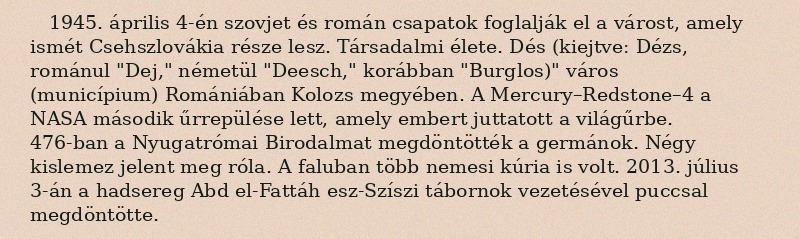
1945. április 4-én szovjet és román csapatok foglalják el a várost, amely ismét Csehszlovákia része lesz. Társadalmi élete. Dés (kiejtve: Dézs, románul "Dej," németül "Deesch," korábban "Burglos)" város (municípium) Romániában Kolozs megyében. A Mercury–Redstone–4 a NASA második űrrepülése lett, amely embert juttatott a világűrbe. 476-ban a Nyugatrómai Birodalmat megdöntötték a germánok. Négy kislemez jelent meg róla. A faluban több nemesi kúria is volt. 2013. július 3-án a hadsereg Abd el-Fattáh esz-Szíszi tábornok vezetésével puccsal megdöntötte.